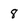
Character: 8